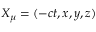
X _ { \mu } = ( - c t , x , y , z )